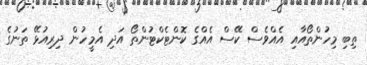
ތިބި މިހުންތޯއާއި އެއްވެސް ކޭސް އެއްގެ ކޮންޓެކްޓުންތޯ އަދި އެމީހުން ދިރިއުޅޭ ތަނުގެ